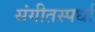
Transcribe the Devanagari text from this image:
संगीतस्पर्धा